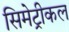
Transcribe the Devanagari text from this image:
सिमेट्रीकल